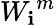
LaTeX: {W_{\mathbf{i}}}^{m}